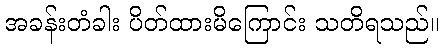
အခန်းတံခါး ပိတ်ထားမိကြောင်း သတိရသည်။